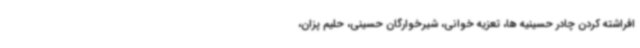
افراشته کردن چادر حسینیه ها، تعزیه خوانی، شیرخوارگان حسینی، حلیم پزان،